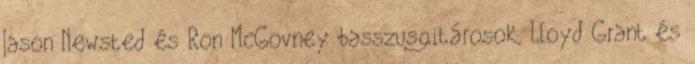
Jason Newsted és Ron McGovney basszusgitárosok, Lloyd Grant és